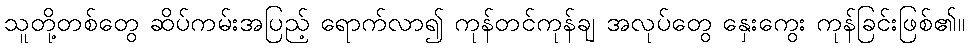
သူတို့တစ်တွေ ဆိပ်ကမ်းအပြည့် ရောက်လာ၍ ကုန်တင်ကုန်ချ အလုပ်တွေ နှေးကွေး ကုန်ခြင်းဖြစ်၏။